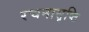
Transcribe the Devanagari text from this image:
रचनासृष्टि